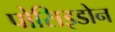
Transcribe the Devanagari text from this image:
पोसिइडोन